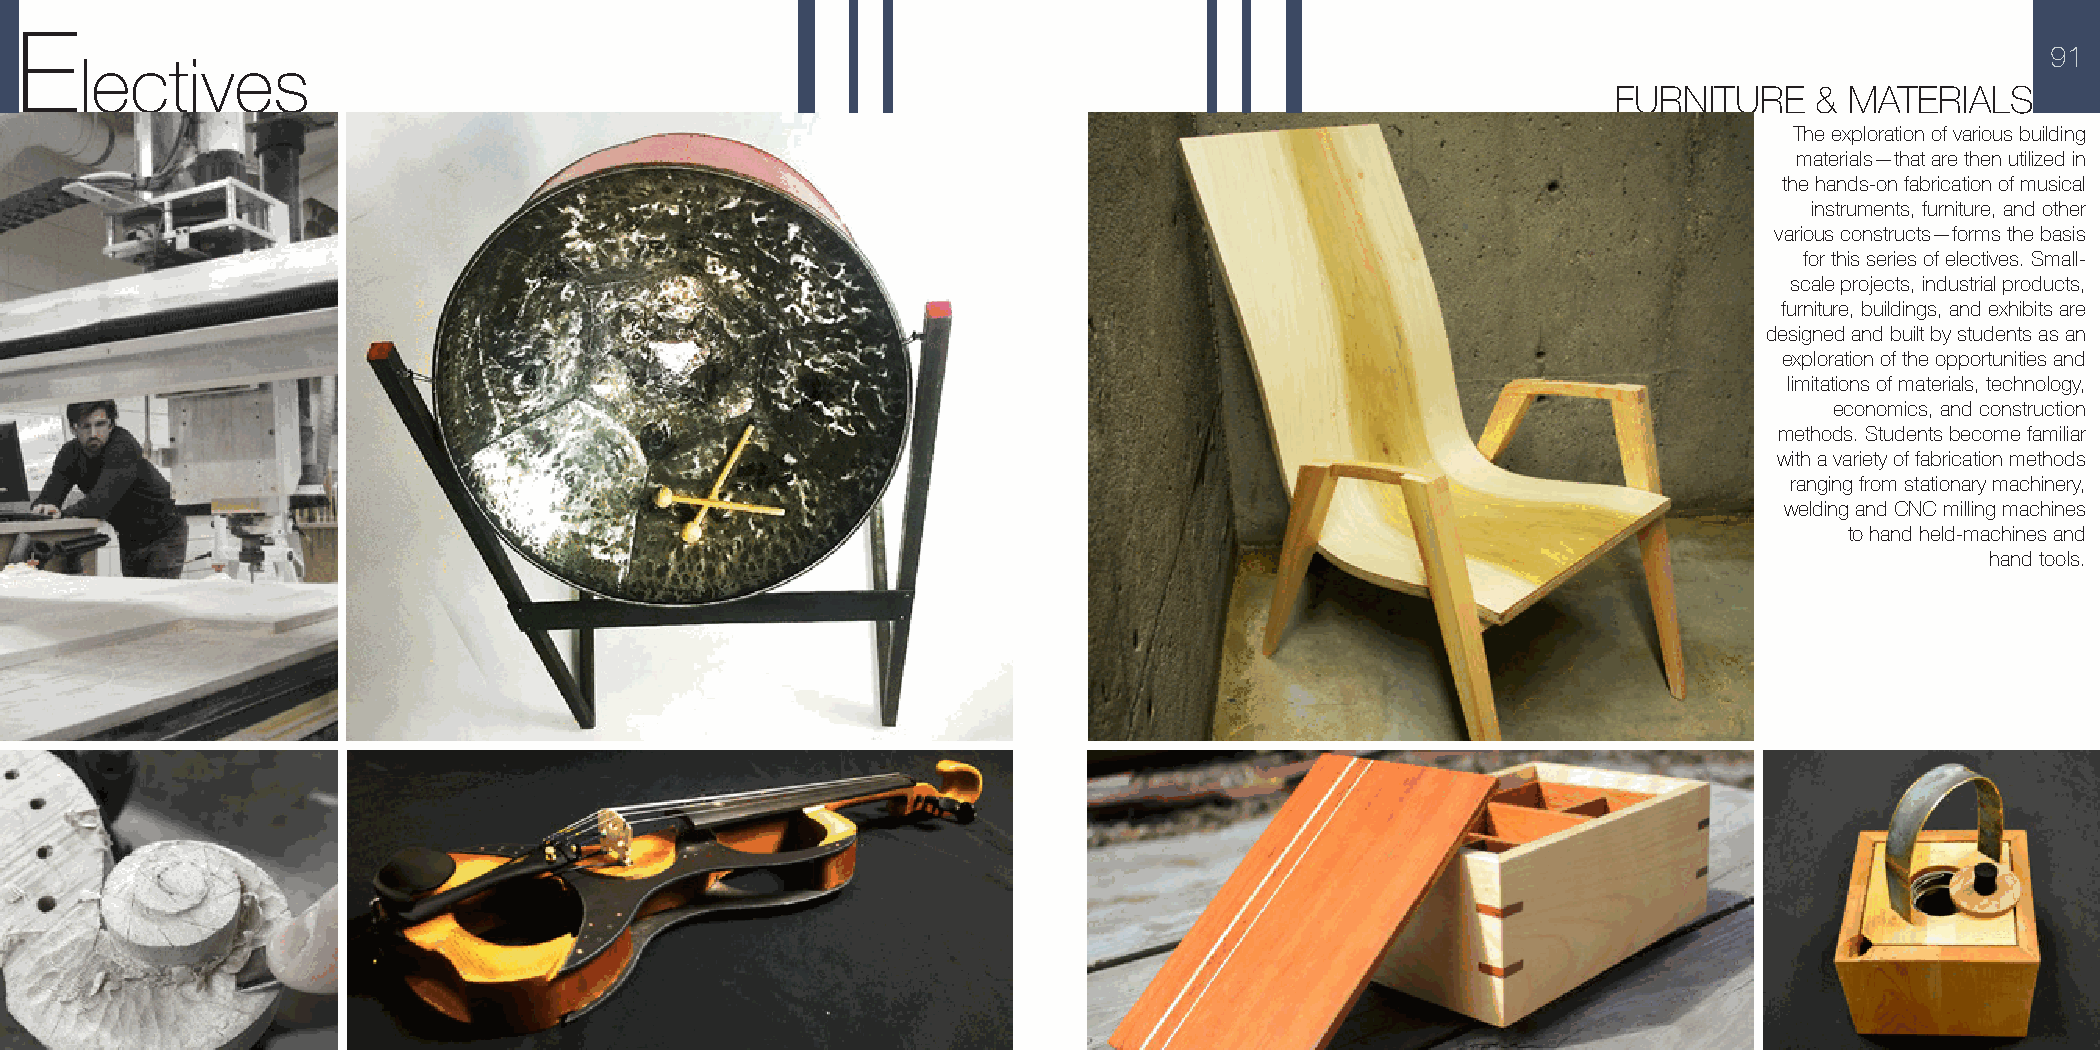
E
 91
 lectives
 FURNITURE    & MATERIALS
 The exploration of various building
 materials—that are then utilized in
 the hands-on fabrication of musical
 instruments, furniture, and other
 various constructs—forms the basis
 for this series of electives. Small-
 scale projects, industrial products,
 furniture, buildings, and exhibits are
 designed and built by students as an
 exploration of the opportunities and
 limitations of materials, technology,
 economics, and construction
 methods. Students become familiar
 with a variety of fabrication methods
 ranging from stationary machinery,
 welding and CNC milling machines
 to hand held-machines and
 hand tools.